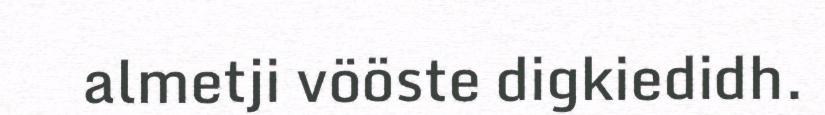
almetji vööste digkiedidh.